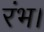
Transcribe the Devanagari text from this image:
रंभ।